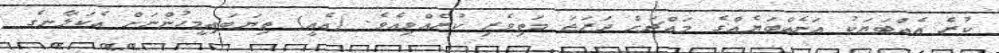
ކުރެ އެއްބަޔަކު އަނެއްބަޔެއްގެ މައްޗަށް ދަރަޖަ މަތިވެރި ކުރެއްވިއެވެ. (އެއީ) ތިޔަބައިމީހުންނަށް އެކަލާނގެ